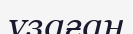
ұзаған